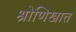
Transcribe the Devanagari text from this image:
श्रोणिखात